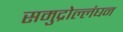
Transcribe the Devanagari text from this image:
समुद्रोल्लंघन